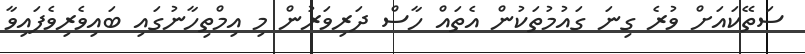
ސަތޭކައަށް ވުރެ ގިނަ ގައުމުތަކުން އެތައް ހާސް ދަރިވަރުން މި އިމްތިހާނުގައި ބައިވެރިވެފައިވާ